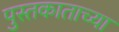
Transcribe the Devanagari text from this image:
पुस्तकाताच्या